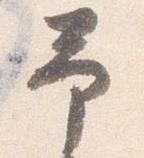
予